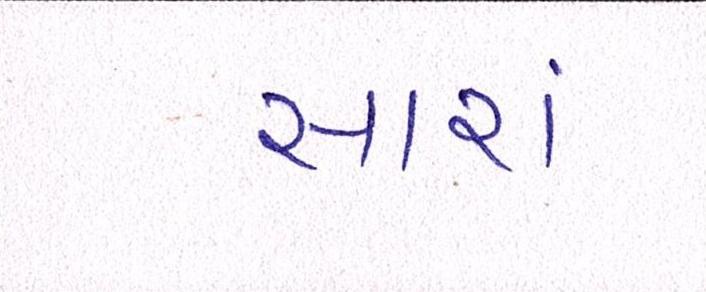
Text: સારાં